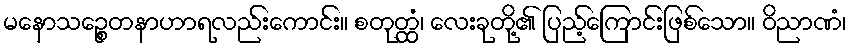
မနောသဉ္စေတနာဟာရလည်းကောင်း။ စတုတ္ထံ၊ လေးခုတို့၏ ပြည့်ကြောင်းဖြစ်သော။ ဝိညာဏံ၊